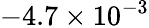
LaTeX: -4.7\times 10^{-3}